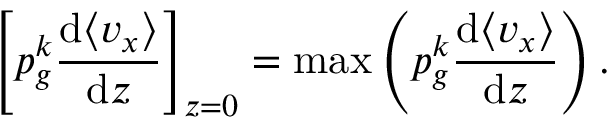
\left[ p _ { g } ^ { k } \frac { \mathrm { d } \langle v _ { x } \rangle } { \mathrm { d } z } \right] _ { z = 0 } = \operatorname* { m a x } \left( p _ { g } ^ { k } \frac { \mathrm { d } \langle v _ { x } \rangle } { \mathrm { d } z } \right) .